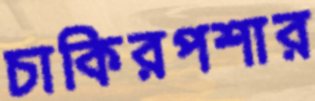
চাকিরপশার